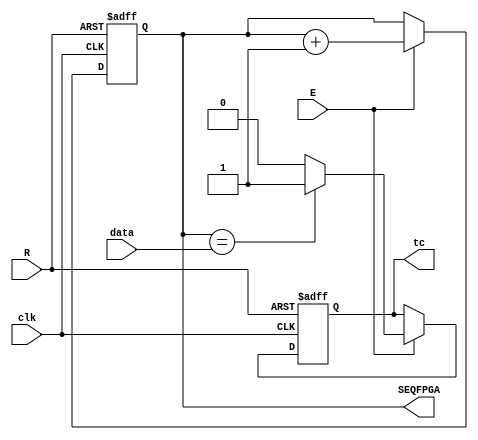
module counter_FPGA (
    input wire clk,
    input wire R,
    input wire E,
    input wire [3:0] data,
    output reg tc,
    output reg [3:0] SEQFPGA
);

    reg [3:0] total;

    always @(posedge clk or posedge R) begin
        if (R) begin
            total <= 4'b0000;
            tc <= 1'b0;
        end else if (E) begin
            total <= total + 4'b0001;
            if (total == data) begin
                tc <= 1'b1;
            end else begin
                tc <= 1'b0;
            end
        end
    end

    always @(total) begin
        SEQFPGA <= total;
    end

endmodule